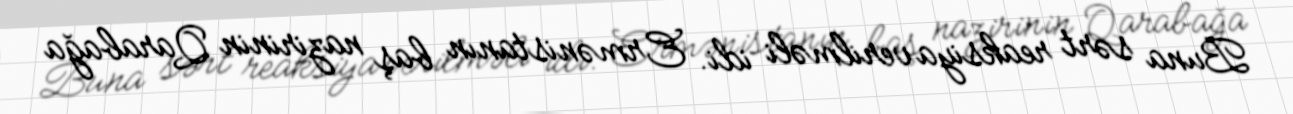
Buna sərt reaksiya verilməli idi. Ermənistanın baş nazirinin Qarabağa